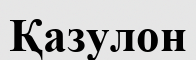
Қазулон